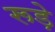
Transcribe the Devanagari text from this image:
रूड़े